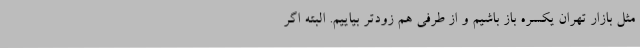
مثل بازار تهران یکسره باز باشیم و از طرفی هم زودتر بیاییم. البته اگر